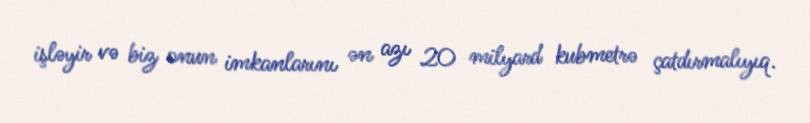
işləyir və biz onun imkanlarını ən azı 20 milyard kubmetrə çatdırmalıyıq.